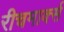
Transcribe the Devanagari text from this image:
रीचमार्क्स